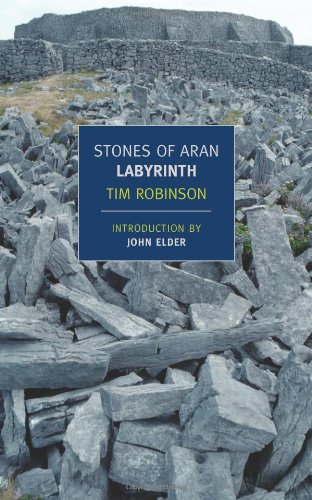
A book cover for Stones of Aran: Labyrinth (New York Review Books Classics); Tim Robinson; Travel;